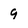
Character: 9